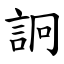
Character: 詗